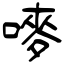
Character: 嘜